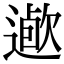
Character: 𨖯